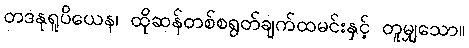
တဒနုရူပိယေန၊ ထိုဆန်တစ်စရွတ်ချက်ထမင်းနှင့် တူမျှသော။